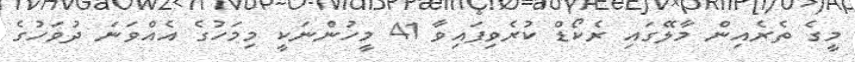
މީގެ ތެރެއިން މާލޭގައި ރެކޯޑް ކުރެވިފައިވާ 41 މީހުންނަކީ މިމަހުގެ އެއްވަނަ ދުވަހުގެ